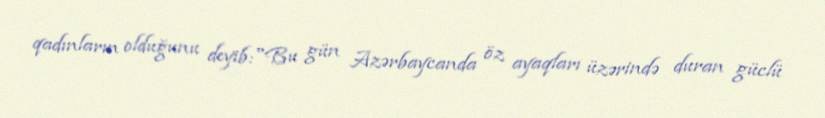
qadınların olduğunu deyib:"Bu gün Azərbaycanda öz ayaqları üzərində duran güclü